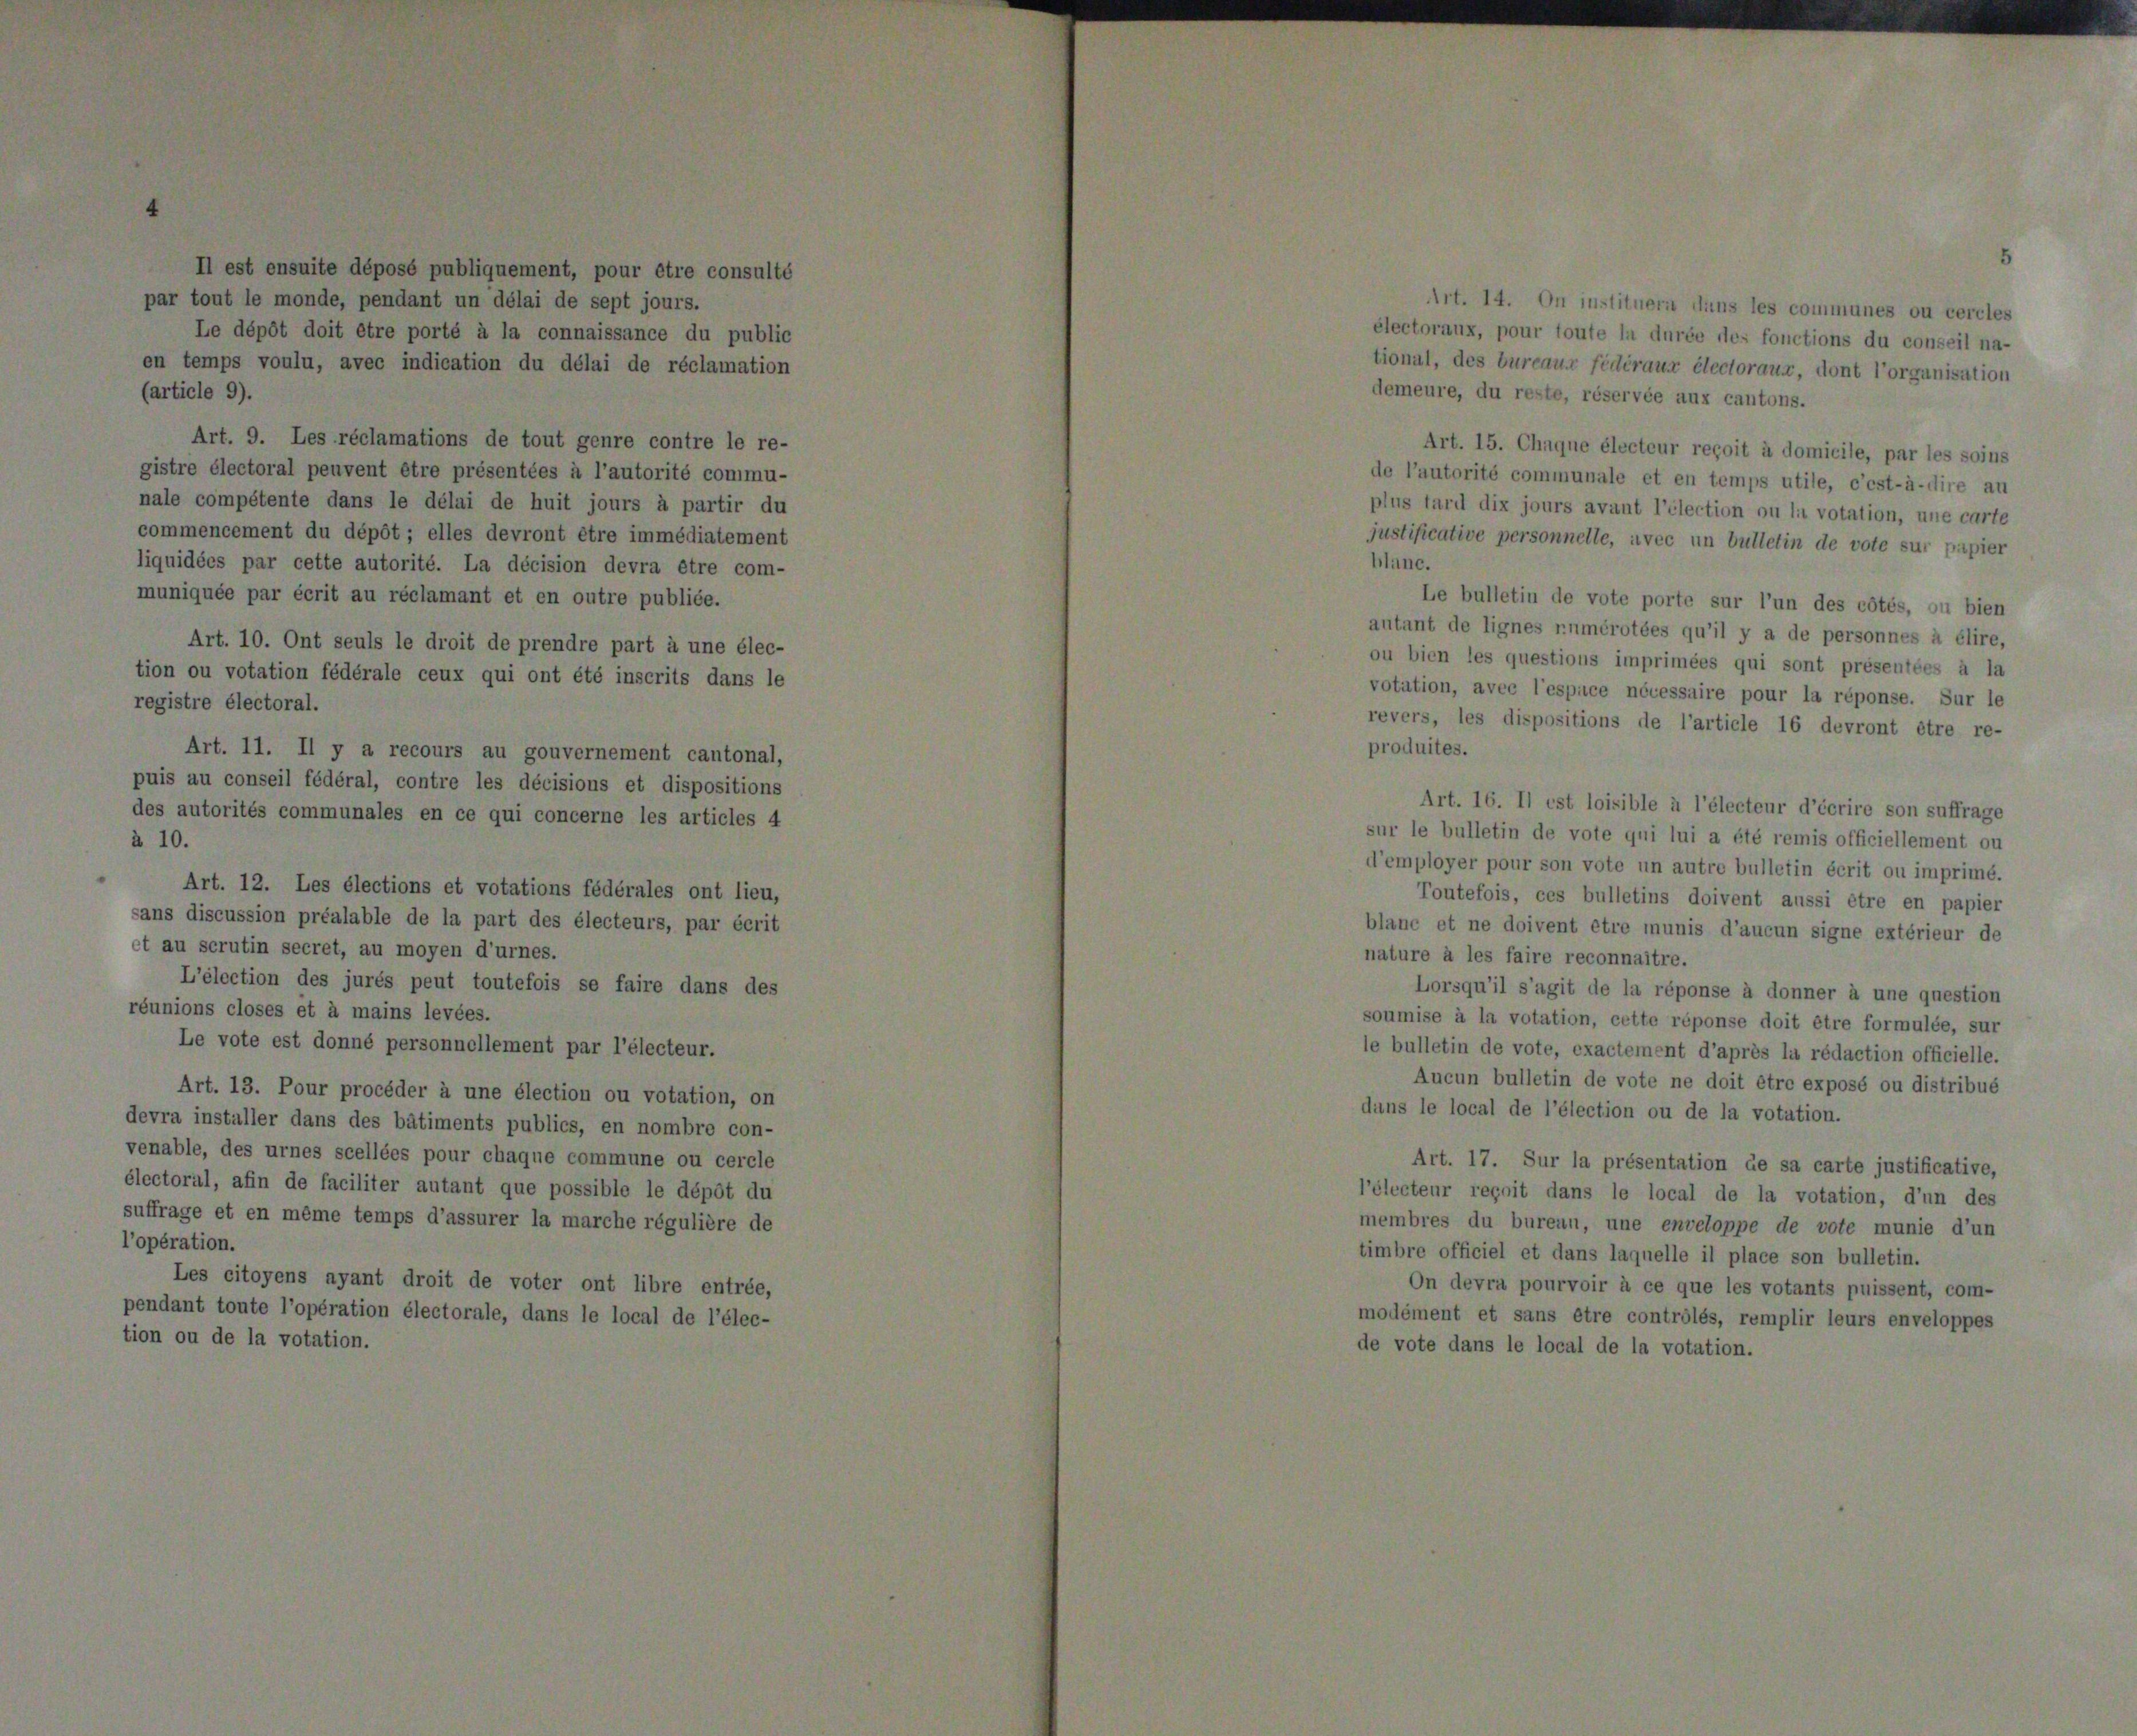
ope

uni

endant

e

lu dépôt ; elles
tte a

t

le

rutin secret, au moyen
lection des jurés peut
closes et à mains levé
vote est donné personn

Art. 13. Pour procéder à une é
devra installer dans des bâtiments p
venable, des urnes scellées pour chag
électoral, afin de faciliter autant que
suffrage et en même temps d’assurer

citoyens ayant droit de v
toute l’opération électorale,

et
ion

contre le re-
atorité commu-
s à partir du
mmédiatement
vra être com-
publiée.
rt à une élec-
scrits dans le

3

d

5. Chaque électeur
é communale et
ix jours avant l’é

Le bulletin de vote porte sur l’u
it de lignes rumérotées qu’il y a de personnes à élire,
en les questions imprimées qui sont présentées à la
on, avec l’espace nécessaire pour la réponse. Sur le

tions de l’article 16 devront être re-

bulletin de vote qui lui a été remis officiellement ou
yer pour son vote un autre bulletin écrit ou imprimé.
outefois, ces bulletins doivent aussi être en papier
et ne doivent être munis d’aucun signe extérieur de
à les faire reconnaître.
rsqu’il s’agit de la réponse à donner à une question
e à la votation, cette réponse doit être formulée, sur
etin de vote, exactement d’après la rédaction officielle.
ucun bulletin de vote ne doit être exposé ou distribué

ur d’éc

17. Sur la présentation de sa carte justifireçoit dans le local de la votation, d’us
du burean, une enveloppe de vote munie
iciel et dans laquelle il place son bulletin.
levra pourvoir à ce que les votants puissent,
et sans être contrôlés, remplir leurs enver